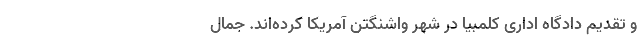
و تقدیم دادگاه اداری کلمبیا در شهر واشنگتن آمریکا کرده‌اند. جمال